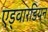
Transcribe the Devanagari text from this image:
एड्वारडियन